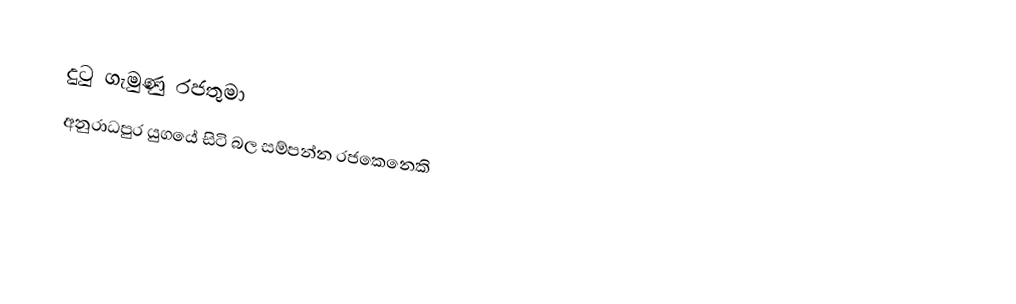
දුටු ගැමුණු රජතුමා
අනුරාධපුර යුගයේ සිටි බල සම්පන්න රජකෙනෙකි